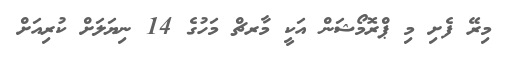
މިރޭ ފެށި މި ޕްރޮމޯޝަން އަކީ މާރޗް މަހުގެ 14 ނިޔަލަށް ކުރިއަށް